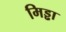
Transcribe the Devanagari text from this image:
मिड्ढा